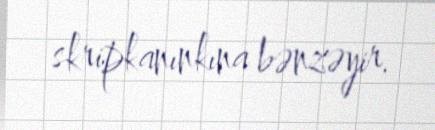
skripkanınkına bənzəyir.